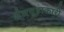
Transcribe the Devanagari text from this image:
शैलगुहाकारी